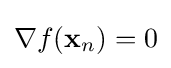
\nabla f(\mathbf {x} _{n})=0